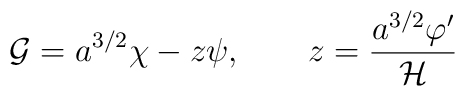
{\cal G} = a^{3/2} \chi - z \psi, ~~~~~~z = \frac{a^{3/2} \varphi' }{{\cal H}}